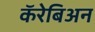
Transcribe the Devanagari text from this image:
कॅरेबिअन